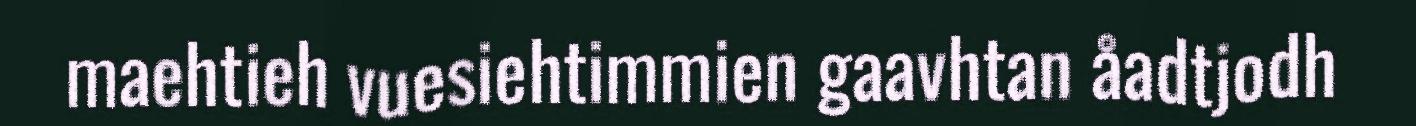
maehtieh vuesiehtimmien gaavhtan åadtjodh